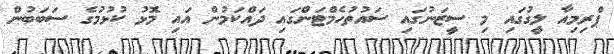
ޕްރިމިއާ ލީގުގައި މި ސީޒަނުގައި ސައުތުހެމްޓަންގައި ދައްކަމުން އައި މޮޅު ކުޅުމުގެ ސަބަބުން